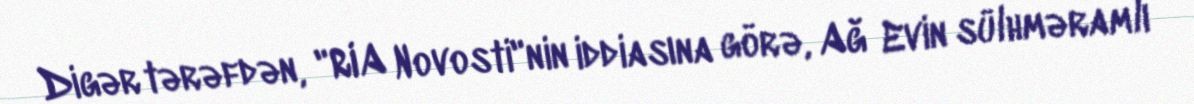
Digər tərəfdən, "RIA Novosti"nin iddiasına görə, Ağ Evin sülhməramlı